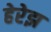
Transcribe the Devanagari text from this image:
हेरेझ